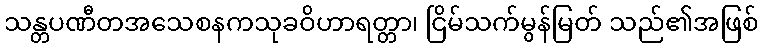
သန္တပဏီတအသေစနကသုခဝိဟာရတ္တာ၊ ငြိမ်သက်မွန်မြတ် သည်၏အဖြစ်